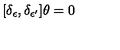
[ \delta _ { \epsilon } , \delta _ { \epsilon ^ { \prime } } ] \theta = 0